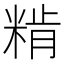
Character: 𥺾